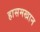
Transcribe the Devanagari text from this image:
हासमखान